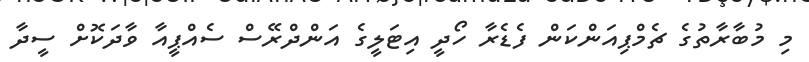
މި މުބާރާތުގެ ޗެމްޕިއަންކަން ފެޑެރާ ހޯދީ އިޓަލީގެ އަންދްރޭސް ސެއްޕީއާ ވާދަކޮށް ސީދާ